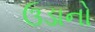
ઉડાનો